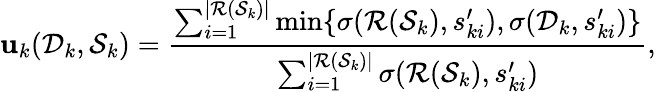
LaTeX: \mathbf{u}_{k}(\mathcal{D}_{k},\mathcal{S}_{k})=\frac{{\sum_{i=1}^{|\mathcal{R}(\mathcal{S}_{k})|}\operatorname*{min}\{ \sigma(\mathcal{R}(\mathcal{S}_{k}),s_{ki}^{\prime}),\sigma(\mathcal{D}_{k},s_{ki}^{\prime})\} }}{{\sum_{i=1}^{|\mathcal{R}(\mathcal{S}_{k})|}\sigma(\mathcal{R}(\mathcal{S}_{k}),s_{ki}^{\prime})}},